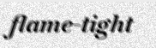
flame-tight